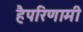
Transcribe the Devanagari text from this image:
हैपरिणामी